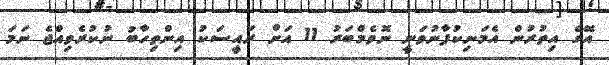
އޭގެ އިތުރުން އެމަނިކުފާނުވަނީ ނޮވެމްބަރު 11 އަށް ރައީސަކު އިންތިހާބު ނުކުރެވިއްޖެ ނަމަ